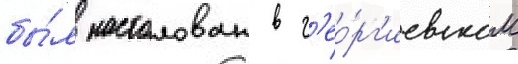
бы́л настолован в г'ео́рг'иевском